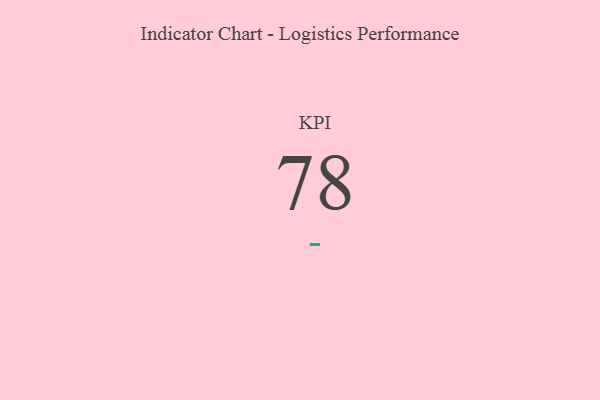
{"axis": {"x": "KPI", "y": "Value"}, "legend": [""], "data": [{"x": "KPI", "y": 78, "type": ""}]}